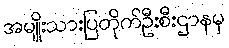
အမျိုးသားပြတိုက်ဦးစီးဌာနမှ